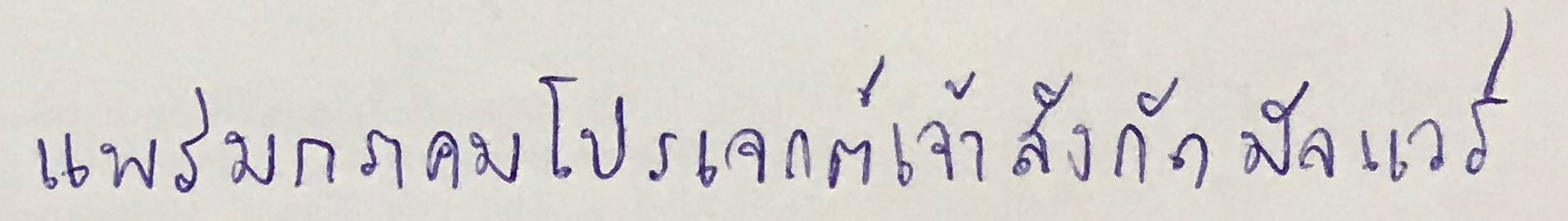
แพร่มกราคมโปรเจกต์เจ้าสังกัดมัลแวร์